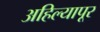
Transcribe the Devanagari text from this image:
अहिल्यापूर